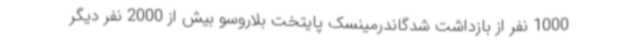
1000 نفر از بازداشت شدگاندرمینسک پایتخت بلاروسو بیش از 2000 نفر دیگر